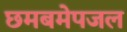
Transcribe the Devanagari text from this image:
छमबमेपजल